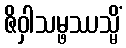
ဇိဝှါသမ္ဖဿသ္မိံ